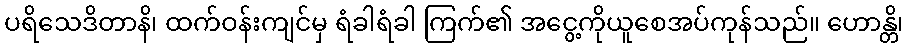
ပရိသေဒိတာနိ၊ ထက်ဝန်းကျင်မှ ရံခါရံခါ ကြက်၏ အငွေ့ကိုယူစေအပ်ကုန်သည်။ ဟောန္တိ၊